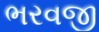
ભરવજી